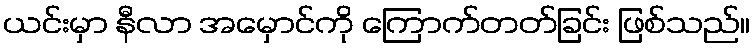
ယင်းမှာ နီလာ အမှောင်ကို ကြောက်တတ်ခြင်း ဖြစ်သည်။